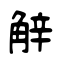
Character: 觪